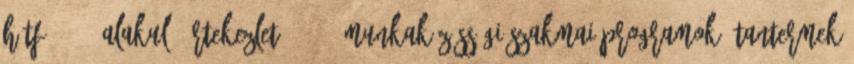
hétfő 9:00 alakuló értekezlet 18-31. munkaközösségi szakmai programok, tantermek